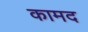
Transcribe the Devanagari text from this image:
कामद